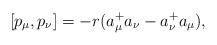
LaTeX: \begin{align*}[p_\mu,p_\nu]=-r(a_\mu^+ a_\nu - a_{\nu}^+ a_{\mu}),\end{align*}